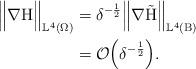
LaTeX: \begin{align*}\Big\Vert \nabla \mathrm{H}\Big\Vert_{\mathbb{L}^4(\Omega)} &= \delta^{-\frac{1}{2}}\Big\Vert \nabla \Tilde{\mathrm{H}}\Big\Vert_{\mathbb{L}^4(\mathrm{B})}\\ & = \mathcal{O}\Big(\delta^{-\frac{1}{2}}\Big).\end{align*}